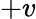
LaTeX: +v